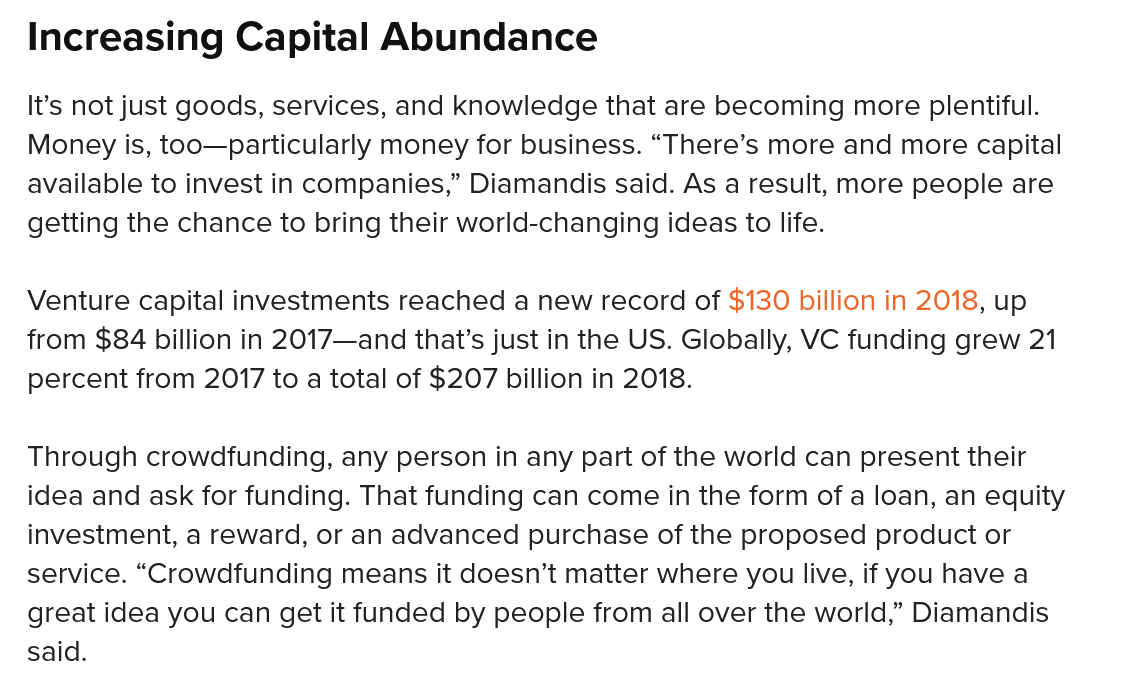
Increasing    Capital  Abundance
  It’s not just goods, services, and knowledge that are becoming more plentiful.
  Money is, too—particularly money for business. “There’s more and more capital
  available to invest in companies,” Diamandis said. As a result, more people are
  getting the chance to bring their world-changing ideas to life.
  Venture capital investments reached a new record of $130 billion in 2018, up
  from $84 billion in 2017—and that’s just in the US. Globally, VC funding grew 21
  percent from 2017 to a total of $207 billion in 2018.
  Through crowdfunding, any person in any part of the world can present their
  idea and ask for funding. That funding can come in the form of a loan, an equity
  investment, a reward, or an advanced purchase of the proposed product or
  service. “Crowdfunding means it doesn’t matter where you live, if you have a
  great idea you can get it funded by people from all over the world,” Diamandis
  said.